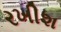
રખીશ